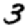
Digit: 3